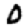
Digit: 0